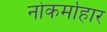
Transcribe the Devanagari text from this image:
नोकर्माहार